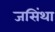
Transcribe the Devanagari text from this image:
जसिंथा